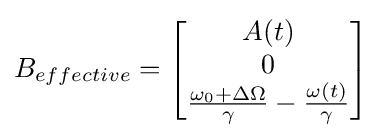
B_{effective}={\begin{bmatrix}A(t)\\0\\{\frac {\omega _{0}+\Delta \Omega }{\gamma }}-{\frac {\omega (t)}{\gamma }}\end{bmatrix}}